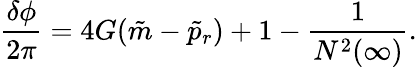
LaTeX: \frac{\delta\phi}{2\pi}=4G(\tilde{m}-\tilde{p}_{r})+1-\frac{1}{N^{2}(\infty)}.